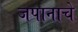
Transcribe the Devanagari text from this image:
जपानाचे